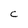
Character: C